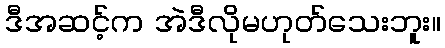
ဒီအဆင့်က အဲဒီလိုမဟုတ်သေးဘူး။